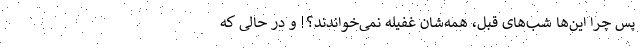
پس چرا این‌ها شب‌های قبل، همه‌شان غفیله نمی‌خواندند؟! و در حالی که